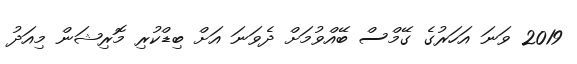
2019 ވަނަ އަހަރުގެ ގޭމްސް ބޭއްވުމަށް ދެވަނަ އަށް ބިޑްކުރި މޮރިޝަން މިއަދު